Annual statistical returns and brief notes on vaccination in Bengal - 1887-1898
Year: 1887
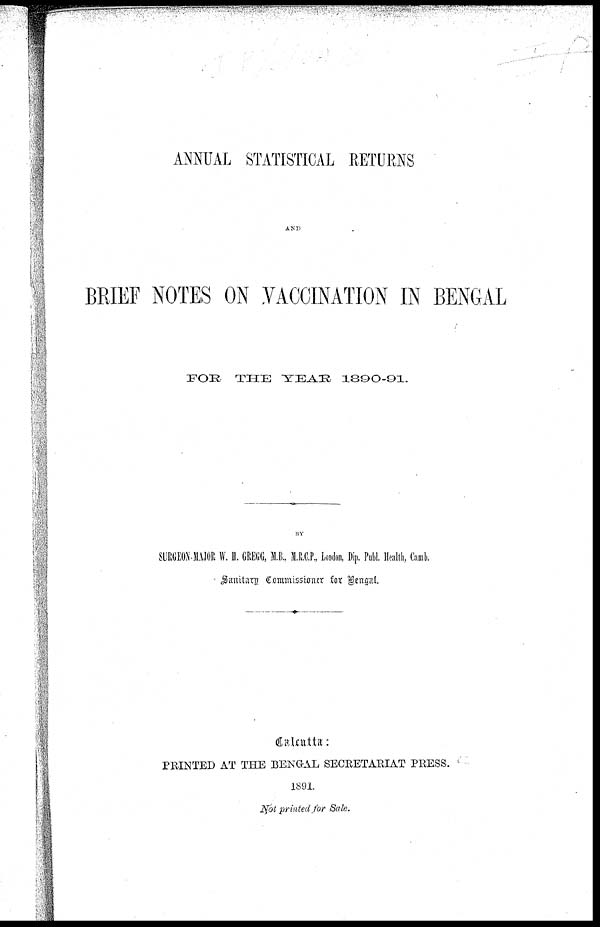
ANNUAL STATISTICAL RETURNS
AND
BRIEF NOTES ON VACCINATION IN BENGAL
FOR
THE YEAR
1890-91.
BY
SURGEON-MAJOR W. H. GREGG, M., B., M.R.C.P., London, Dip. Publ. Health, Camb.
Sanitary Commissioner for Bengal.
Calcutta:
PRINTED AT THE BENGAL SECRETARIAT PRESS.
1891.
Not printed for Sale.